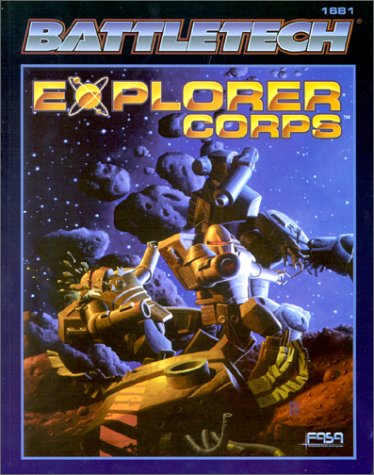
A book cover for Battletech: Explorer Corps; Chris Hartford; Science Fiction & Fantasy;